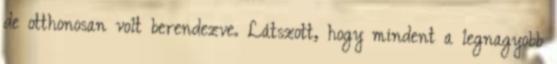
de otthonosan volt berendezve. Látszott, hogy mindent a legnagyobb